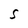
Character: 5